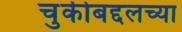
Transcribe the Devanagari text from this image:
चुकीबद्दलच्या